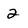
Character: 2